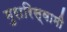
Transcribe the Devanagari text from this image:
मुरारिस्वामी